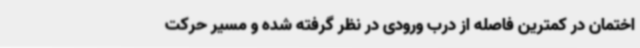
اختمان در کمترین فاصله از درب ورودی در نظر گرفته شده و مسیر حرکت